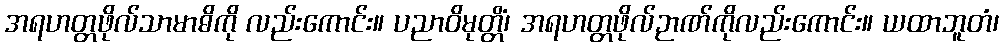
အရဟတ္တဖိုလ်သာမာဓိကို လည်းကောင်း။ ပညာဝိမုတ္တိံ၊ အရဟတ္တဖိုလ်ဉာဏ်ကိုလည်းကောင်း။ ယထာဘူတံ၊